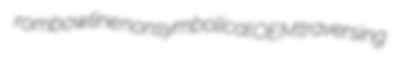
rombowline nonsymbolical OEM traversing